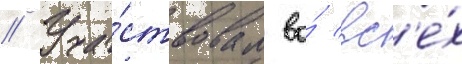
// Уча́ствовал во́ вс'е́х